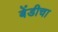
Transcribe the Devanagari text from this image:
बेंडीचा